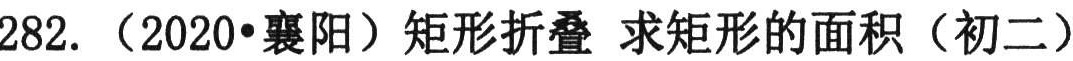
282.（2020•襄阳）矩形折叠 求矩形的面积（初二）